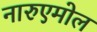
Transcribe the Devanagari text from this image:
नारुएमोल